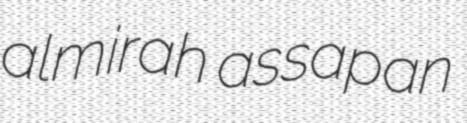
almirah assapan